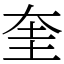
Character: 奎